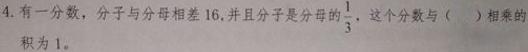
4. 有一分数，分子与分母相差16，并且分子是分母的$\frac{1}{3}$，这个分数与（  ）相乘的积为 1。